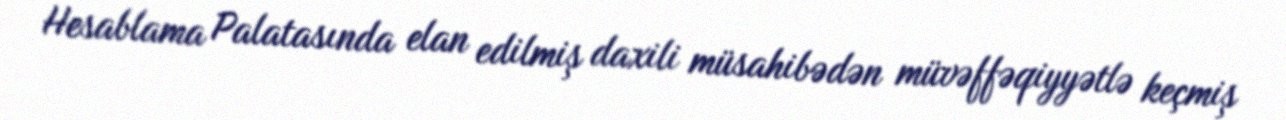
Hesablama Palatasında elan edilmiş daxili müsahibədən müvəffəqiyyətlə keçmiş